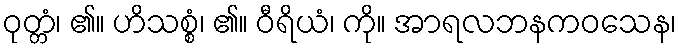
ဝုတ္တံ၊ ၏။ ဟိသစ္စံ၊ ၏။ ဝီရိယံ၊ ကို။ အာရလဘနကဝသေန၊